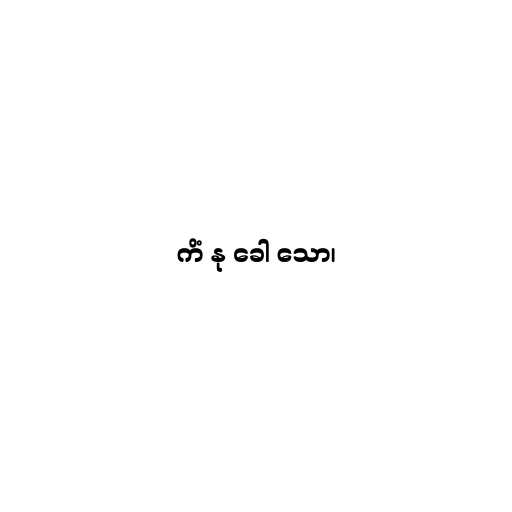
ကိံ နု ခေါ သော၊